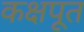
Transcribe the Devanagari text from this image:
कक्षपूत